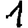
Digit: 1